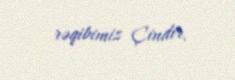
rəqibimiz Çindir.